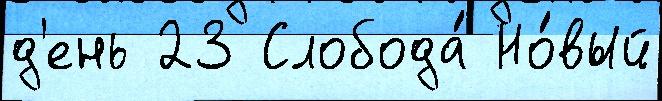
д'ень 23 Слобода́ Но́вый